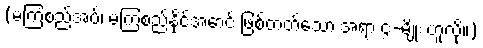
(မကြံစည်အပ်၊ မကြံစည်နိုင်အောင် ဖြစ်တတ်သော အရာ ၄-မျိုး ဟူလို။)